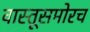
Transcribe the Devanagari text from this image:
वास्तूसमोरच